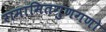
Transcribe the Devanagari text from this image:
रामामितगुणगणो